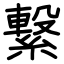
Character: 繋